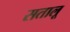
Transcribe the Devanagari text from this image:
सतालू